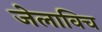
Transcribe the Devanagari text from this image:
जेलाविच